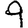
Digit: 9